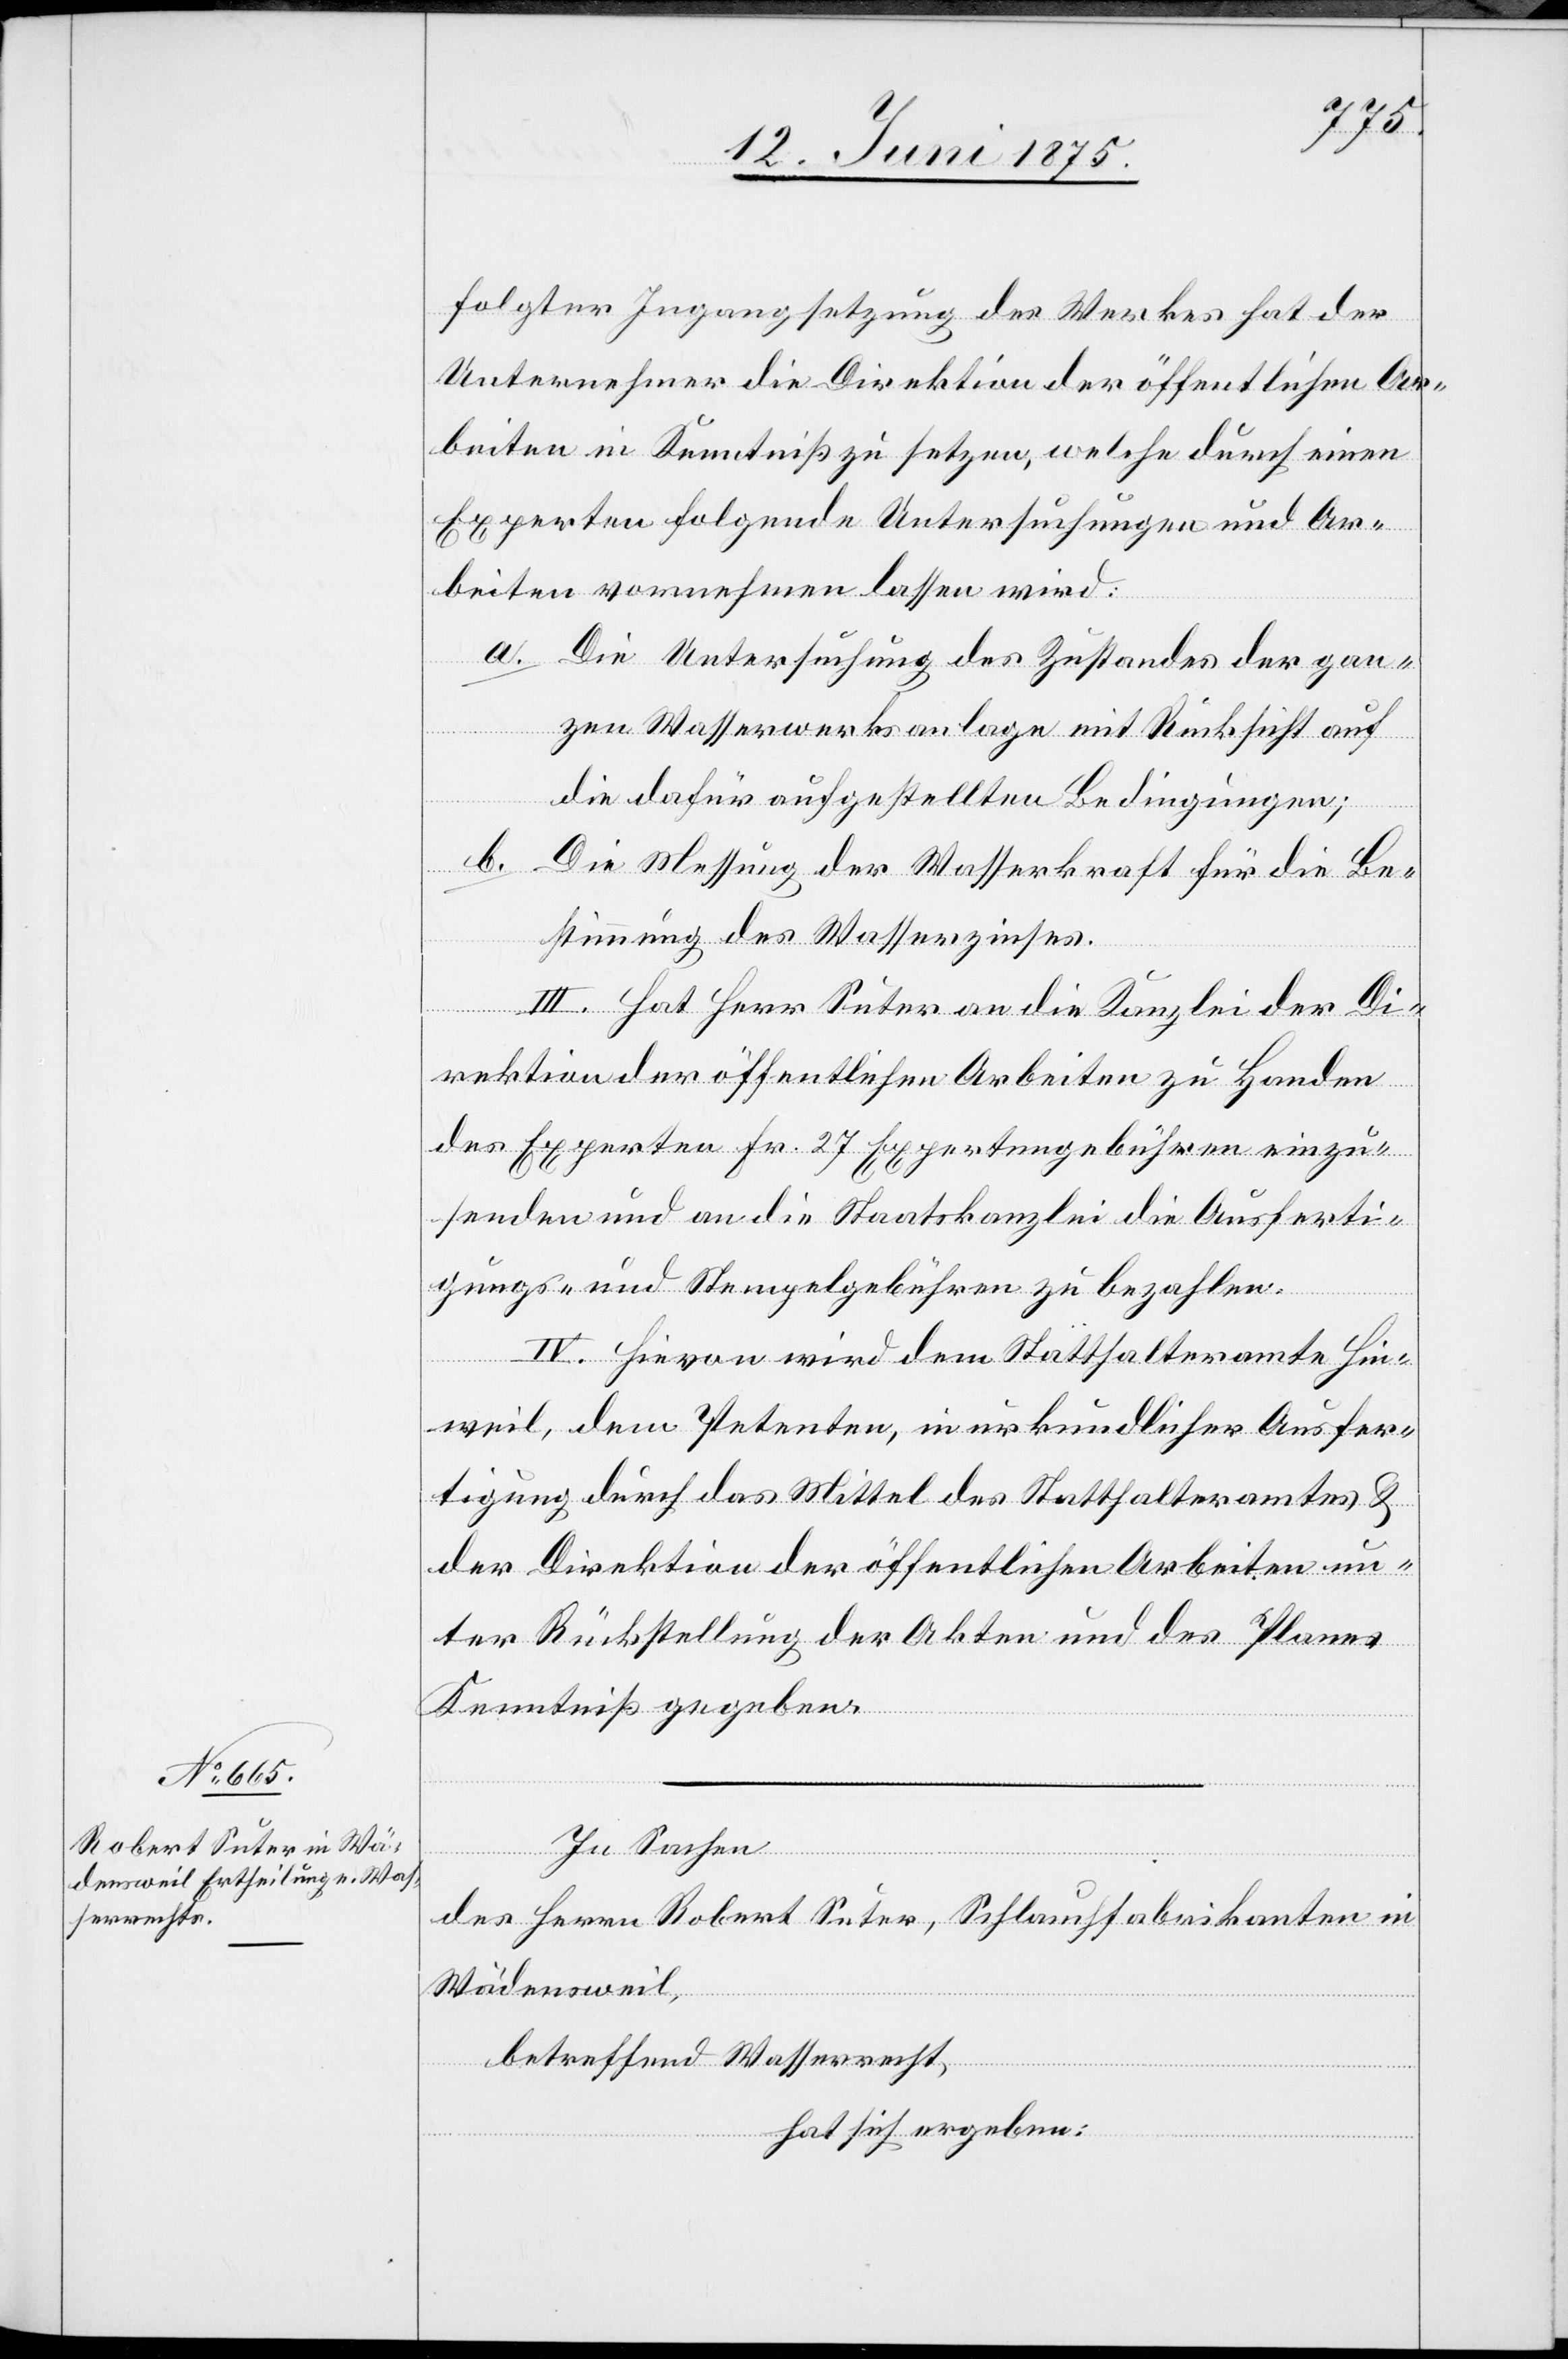
folgter Ingangsetzung des Werkes hat der
Unternehmer die Direktion der öffentlichen Ar¬
beiten in Kenntniß zu setzen, welche durch einen
Experten folgende Untersuchungen vor¬
a. Die Untersuchung des Zustandes der gan¬
wird:
zen Wasserwerksanlage mit Rücksicht auf
die dafür aufgestellten Bedingungen;
b. Die Messung der Wasserkraft für die Be¬
stimmung des Wasserzinses.
III. Hat Herr Suter an die Kanzlei der Di¬
rektion der öffentlichen Arbeiten zu Handen
der Experten Fr. 27 Expertengebühren einzu¬
senden und an die Staatskanzlei die Ausferti¬
gungs- und Stempelgebühren zu bezahlen.
IV. Hievon wird dem Statthalteramte Hin¬
weil, dem Petenten, in urkundlicher Ausfer¬
tigung durch das Mittel des Statthalteramtes &
der Direktion der öffentlichen Arbeiten un¬
ter Rückstellung der Akten und des Planes
Kenntniß zu geben.
In Sachen
des Herrn Robert Suter, Schlauchfabrikanten in
Wädensweil,
betreffend Wasserrecht,
hat sich ergeben: